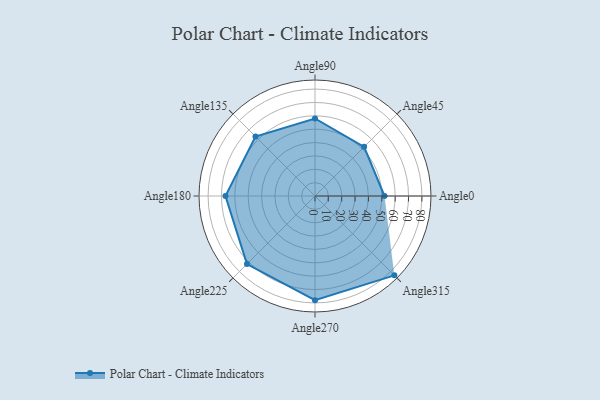
{"axis": {"x": "Angle", "y": "Radius"}, "legend": [""], "data": [{"x": "Angle0", "y": 52.0, "type": ""}, {"x": "Angle45", "y": 52.0, "type": ""}, {"x": "Angle90", "y": 58.0, "type": ""}, {"x": "Angle135", "y": 63.0, "type": ""}, {"x": "Angle180", "y": 67.0, "type": ""}, {"x": "Angle225", "y": 72.0, "type": ""}, {"x": "Angle270", "y": 78.0, "type": ""}, {"x": "Angle315", "y": 84.0, "type": ""}]}